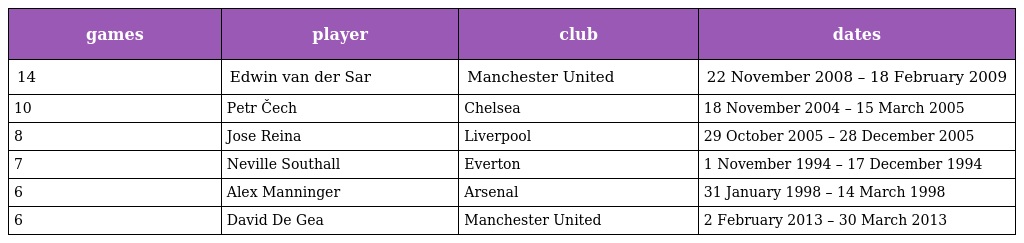
| games | player | club | dates |
 | --- | --- | --- | --- |
 | 14 | Edwin van der Sar | Manchester United | 22 November 2008 – 18 February 2009 |
 | 10 | Petr Čech | Chelsea | 18 November 2004 – 15 March 2005 |
 | 8 | Jose Reina | Liverpool | 29 October 2005 – 28 December 2005 |
 | 7 | Neville Southall | Everton | 1 November 1994 – 17 December 1994 |
 | 6 | Alex Manninger | Arsenal | 31 January 1998 – 14 March 1998 |
 | 6 | David De Gea | Manchester United | 2 February 2013 – 30 March 2013 |